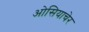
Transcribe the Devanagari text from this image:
ओसियाचेर